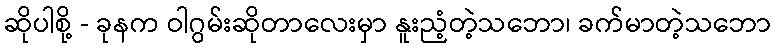
ဆိုပါစို့ - ခုနက ဝါဂွမ်းဆိုတာလေးမှာ နူးညံ့တဲ့သဘော၊ ခက်မာတဲ့သဘော